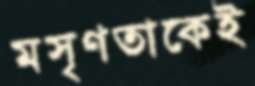
মসৃণতাকেই